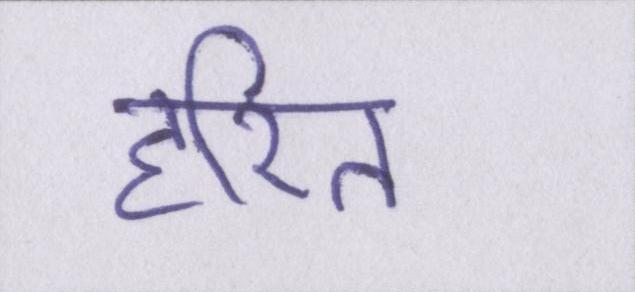
हरित